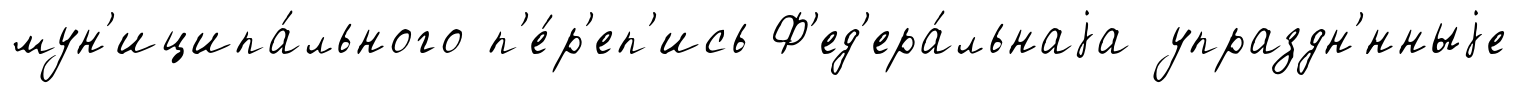
мун'иципа́льного п'е́р'еп'ись Ф'ед'ера́льнаjа упраздн'́нныjе